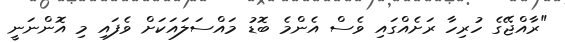
"ރާއްޖޭގެ ހުރިހާ ރަށެއްގައި ވެސް އެންމެ ބޮޑު މައްސަލައަކަށް ވެފައި މި އޮންނަނީ